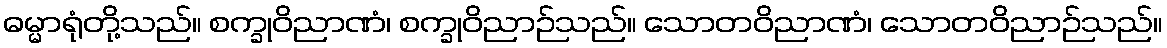
ဓမ္မာရုံတို့သည်။ စက္ခုဝိညာဏံ၊ စက္ခုဝိညာဉ်သည်။ သောတဝိညာဏံ၊ သောတဝိညာဉ်သည်။